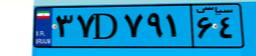
۳۷D۷۹۱۶۴